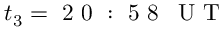
t _ { 3 } = \mathrm { ~ 2 ~ 0 ~ : ~ 5 ~ 8 ~ \, ~ U ~ T ~ }